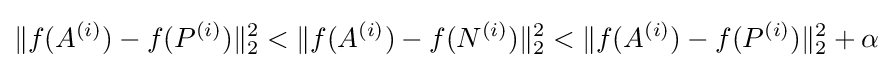
\Vert f(A^{(i)})-f(P^{(i)})\Vert _{2}^{2}<\Vert f(A^{(i)})-f(N^{(i)})\Vert _{2}^{2}<\Vert f(A^{(i)})-f(P^{(i)})\Vert _{2}^{2}+\alpha